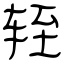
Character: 轾